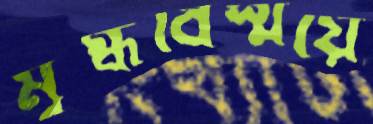
মুগ্ধবিস্ময়ে